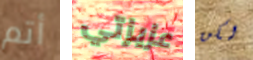
أتم عزيزتي لكن